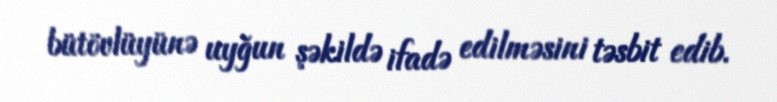
bütövlüyünə uyğun şəkildə ifadə edilməsini təsbit edib.